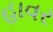
હાવર